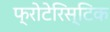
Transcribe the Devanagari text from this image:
फ्रोटेरिस्टिक